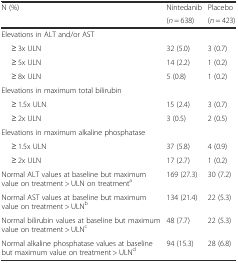
<table><thead><tr><td rowspan="2"><b>N (%)</b></td><td><b>Nintedanib</b></td><td><b>Placebo</b></td></tr><tr><td><b>(<i>n</i> = 638)</b></td><td><b>(<i>n</i> = 423)</b></td></tr></thead><tbody><tr><td>Elevations in ALT and/or AST</td><td></td><td></td></tr><tr><td>≥ 3x ULN</td><td>32 (5.0)</td><td>3 (0.7)</td></tr><tr><td>≥ 5x ULN</td><td>14 (2.2)</td><td>1 (0.2)</td></tr><tr><td>≥ 8x ULN</td><td>5 (0.8)</td><td>1 (0.2)</td></tr><tr><td>Elevations in maximum total bilirubin</td><td></td><td></td></tr><tr><td>≥ 1.5x ULN</td><td>15 (2.4)</td><td>3 (0.7)</td></tr><tr><td>≥ 2x ULN</td><td>3 (0.5)</td><td>2 (0.5)</td></tr><tr><td>Elevations in maximum alkaline phosphatase</td><td></td><td></td></tr><tr><td>≥ 1.5x ULN</td><td>37 (5.8)</td><td>4 (0.9)</td></tr><tr><td>≥ 2x ULN</td><td>17 (2.7)</td><td>1 (0.2)</td></tr><tr><td>Normal ALT values at baseline but maximum value on treatment &gt; ULN on treatment<sup>a</sup></td><td>169 (27.3)</td><td>30 (7.2)</td></tr><tr><td>Normal AST values at baseline but maximum value on treatment &gt; ULN<sup>b</sup></td><td>134 (21.4)</td><td>22 (5.3)</td></tr><tr><td>Normal bilirubin values at baseline but maximum value on treatment &gt; ULN<sup>c</sup></td><td>48 (7.7)</td><td>22 (5.3)</td></tr><tr><td>Normal alkaline phosphatase values at baseline but maximum value on treatment &gt; ULN<sup>d</sup></td><td>94 (15.3)</td><td>28 (6.8)</td></tr></tbody></table>